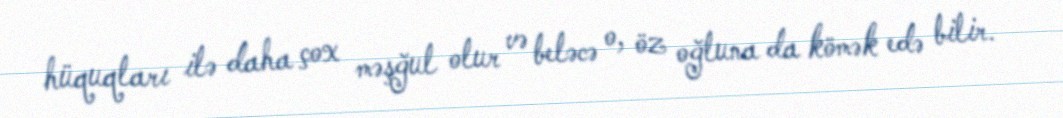
hüquqları ilə daha çox məşğul olur və beləcə o, öz oğluna da kömək edə bilir.